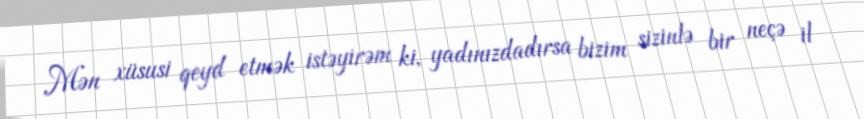
Mən xüsusi qeyd etmək istəyirəm ki, yadınızdadırsa bizim sizinlə bir neçə il